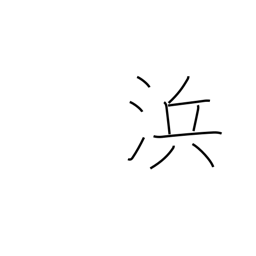
Meaning: seacoast